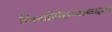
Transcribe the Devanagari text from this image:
गिर्यारोहणाबद्दल